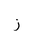
Letter: _zay